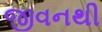
જીવનથી